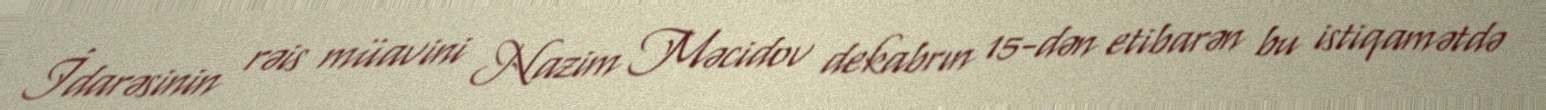
İdarəsinin rəis müavini Nazim Məcidov dekabrın 15-dən etibarən bu istiqamətdə